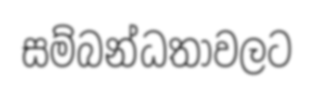
සම්බන්ධතාවලට